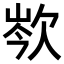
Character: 𣢽